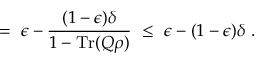
~ = ~ \epsilon - { \frac { ( 1 - \epsilon ) \delta } { 1 - \operatorname { T r } ( Q \rho ) } } ~ \leq ~ \epsilon - ( 1 - \epsilon ) \delta ~ .